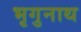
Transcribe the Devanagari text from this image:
भृगुनाथ